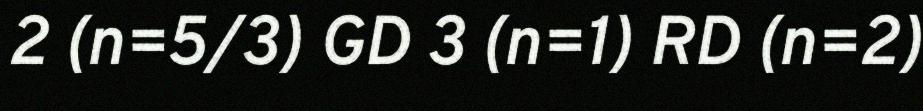
2 (n=5/3) GD 3 (n=1) RD (n=2)